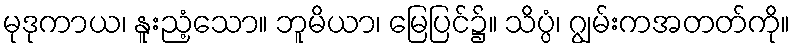
မုဒုကာယ၊ နူးညံ့သော။ ဘူမိယာ၊ မြေပြင်၌။ သိပ္ပံ၊ ဂျွမ်းကအတတ်ကို။